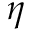
\eta